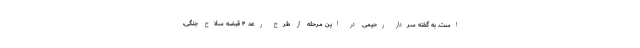
است. به گفته سردار رحیمی در این مرحله از طرح رعد ۴ قبضه سلاح جنگی،